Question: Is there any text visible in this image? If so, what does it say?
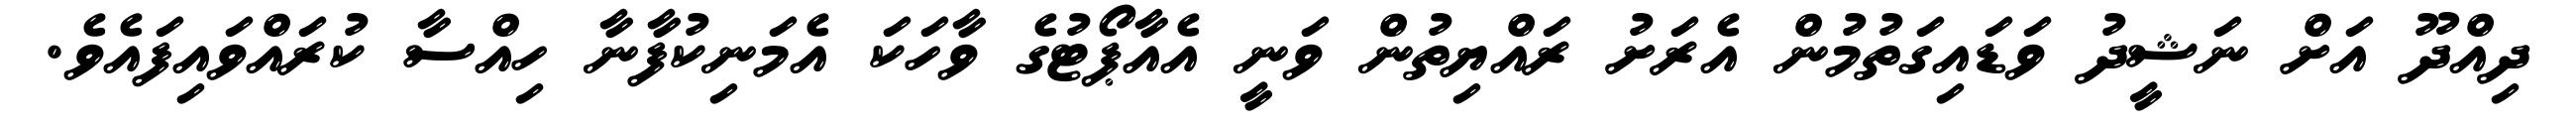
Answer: ދިއްދޫ އަށް ނަޝީދު ވަޑައިގަތުމުން އެރަށު ރައްޔިތުން ވަނީ އެއާޕޯޓުގެ ވާހަކަ އެމަނިކުފާނާ ހިއްސާ ކުރައްވައިފައެވެ.